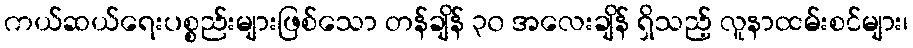
ကယ်ဆယ်ရေးပစ္စည်းများဖြစ်သော တန်ချိန် ၃၀ အလေးချိန် ရှိသည့် လူနာထမ်းစင်များ၊